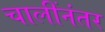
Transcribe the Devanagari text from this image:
चालींनंतर